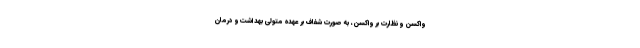
واکسن و نظارت بر واکسن، به صورت شفاف بر عهده متولی بهداشت و درمان